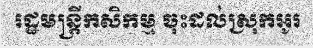
រដ្ឋមន្ត្រីកសិកម្ម ចុះដល់ស្រុកអូរ